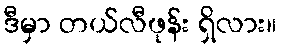
ဒီမှာ တယ်လီဖုန်း ရှိလား။